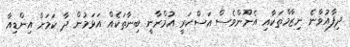
ދިފާއުވާނެ ނިޒާމްތަކާއި އެނޫންވެސް އަސްކަރީ އުމްރާނީ ބިނާތަކެއް އަޅަމުން ދާ ކަމަށް އިންޑިއާ